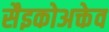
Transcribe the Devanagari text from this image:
सैइकोअक्तेव